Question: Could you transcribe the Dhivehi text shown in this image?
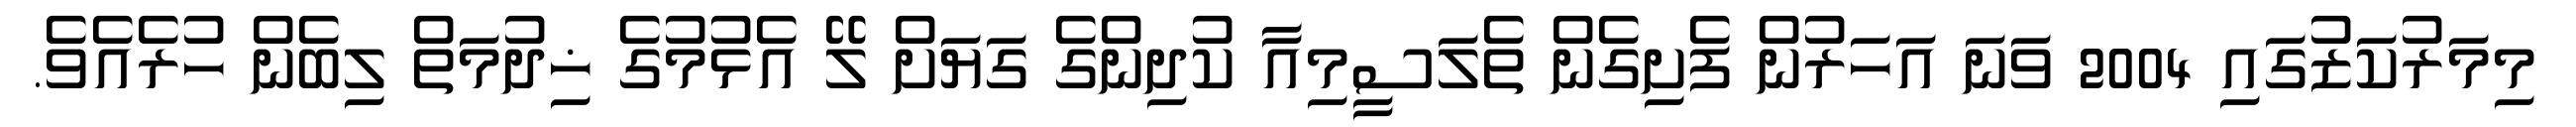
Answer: މިމަރުކަޒުގައި 2004 ވަނަ އަހަރުން ފެށިގެން ތެލަސީމިއާ ކުދިންގެ ގަޔަށް ލޭ އެޅުމުގެ ޚިދުމަތް ލިބެން ހުރެއެވެ.